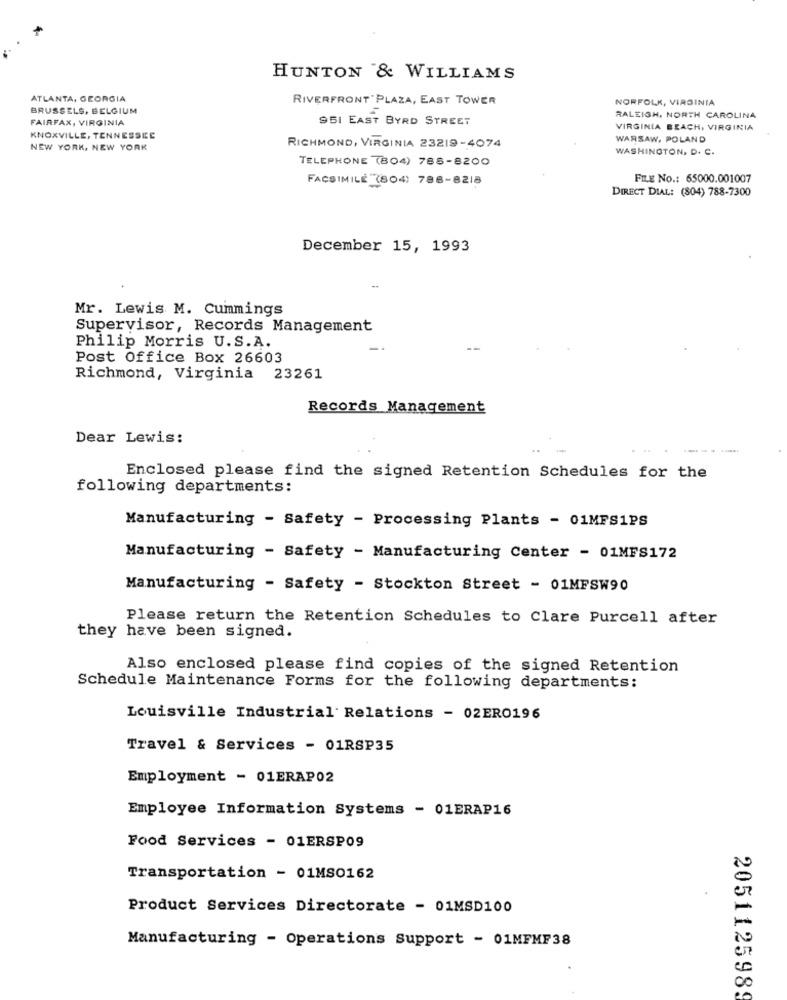
HUNTON & WILLIAMS
ATLANTA, GEORGIA
RIVERFRONT PLAZA, EAST TOWER
NORFOLK, VIRGINIA
BRUSSELS, BELGIUM
FAIRFAX, VIRGINIA
951 EAST BYRD STREET
RALEIGH, NORTH CAROLINA
VIRGINIA BEACH, VIRGINIA
KNOXVILLE, TENNESSEE
WARSAW, POLAND
NEW YORK, NEW YORK
RICHMOND, VIRGINIA 23219-4074
WASHINGTON, D. C.
TELEPHONE (804) 785-8200
FACSIMILE (804) 788-8218
FILE NO .: 65000.001007
DIRECT DIAL: (804) 788-7300
December 15, 1993
Mr. Lewis M. Cummings
Supervisor, Records Management
Philip Morris U.S.A.
Post Office Box 26603
Richmond, Virginia 23261
Records Management
Dear Lewis:
Enclosed please find the signed Retention Schedules for the
following departments:
Manufacturing - Safety - Processing Plants - 01MFS1PS
Manufacturing - Safety - Manufacturing Center - 01MFS172
Manufacturing - Safety - Stockton Street - 01MFSW90
Please return the Retention Schedules to Clare Purcell after
they have been signed.
Also enclosed please find copies of the signed Retention
Schedule Maintenance Forms for the following departments:
Louisville Industrial Relations - 02ERO196
Travel & Services - 01RSP35
Employment - 01ERAP02
Employee Information Systems - 01ERAP16
Food Services - 01ERSP09
Transportation - 01MS0162
Product Services Directorate - 01MSD100
Manufacturing - Operations Support - 01MFMF38
2051125989